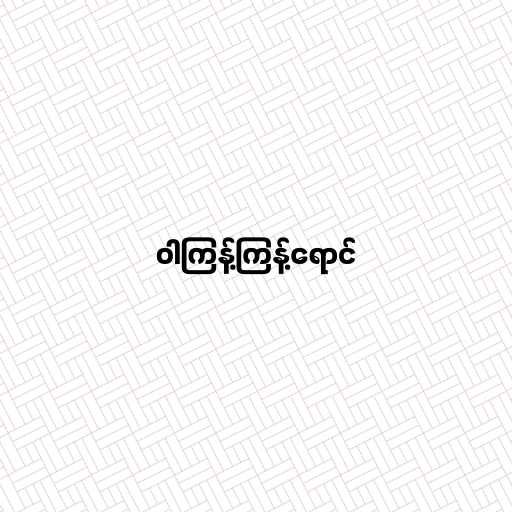
ဝါကြန့်ကြန့်ရောင်